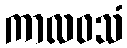
ကာလဝသံ